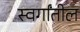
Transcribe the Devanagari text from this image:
स्वर्गांतील